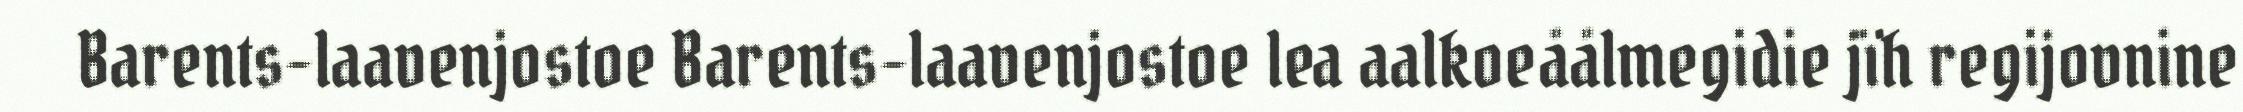
Barents-laavenjostoe Barents-laavenjostoe lea aalkoeåålmegidie jïh regijovnine